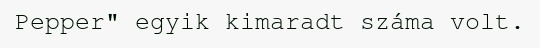
Pepper" egyik kimaradt száma volt.